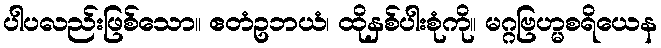
ပါပလည်းဖြစ်သော။ ဧတံဥဘယံ၊ ထိုနှစ်ပါးစုံကို။ မဂ္ဂဗြဟ္မစရိယေန